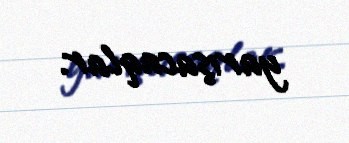
yarışacaqlar.